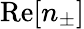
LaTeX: \mathrm{Re}[n_{\pm}]